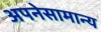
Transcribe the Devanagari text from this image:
अपनेसामान्य